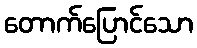
တောက်ပြောင်သော